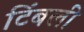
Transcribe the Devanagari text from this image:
टिंबली